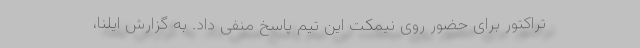
تراکتور برای حضور روی نیمکت این تیم پاسخ منفی داد. به گزارش ایلنا،